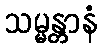
သမ္မန္တာနံ